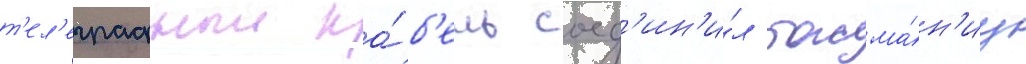
т'ел'еграфныи ка́б'ель соед'ин'и́л тасма́н'иу